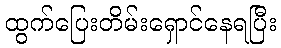
ထွက်ပြေးတိမ်းရှောင်နေရပြီး